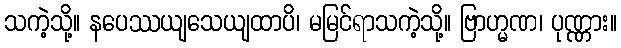
သကဲ့သို့။ နပေဿယျသေယျထာပိ၊ မမြင်ရာသကဲ့သို့။ ဗြာဟ္မဏ၊ ပုဏ္ဏား။